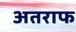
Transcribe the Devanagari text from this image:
अतराफ